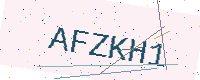
Text: AFZKH1